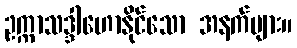
ဥက္ကာသဒ္ဒါဟောနိုင်သော အနက်များ။